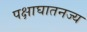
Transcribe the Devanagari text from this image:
पक्षाघातनज्य